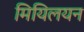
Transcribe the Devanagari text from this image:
मियिलयन